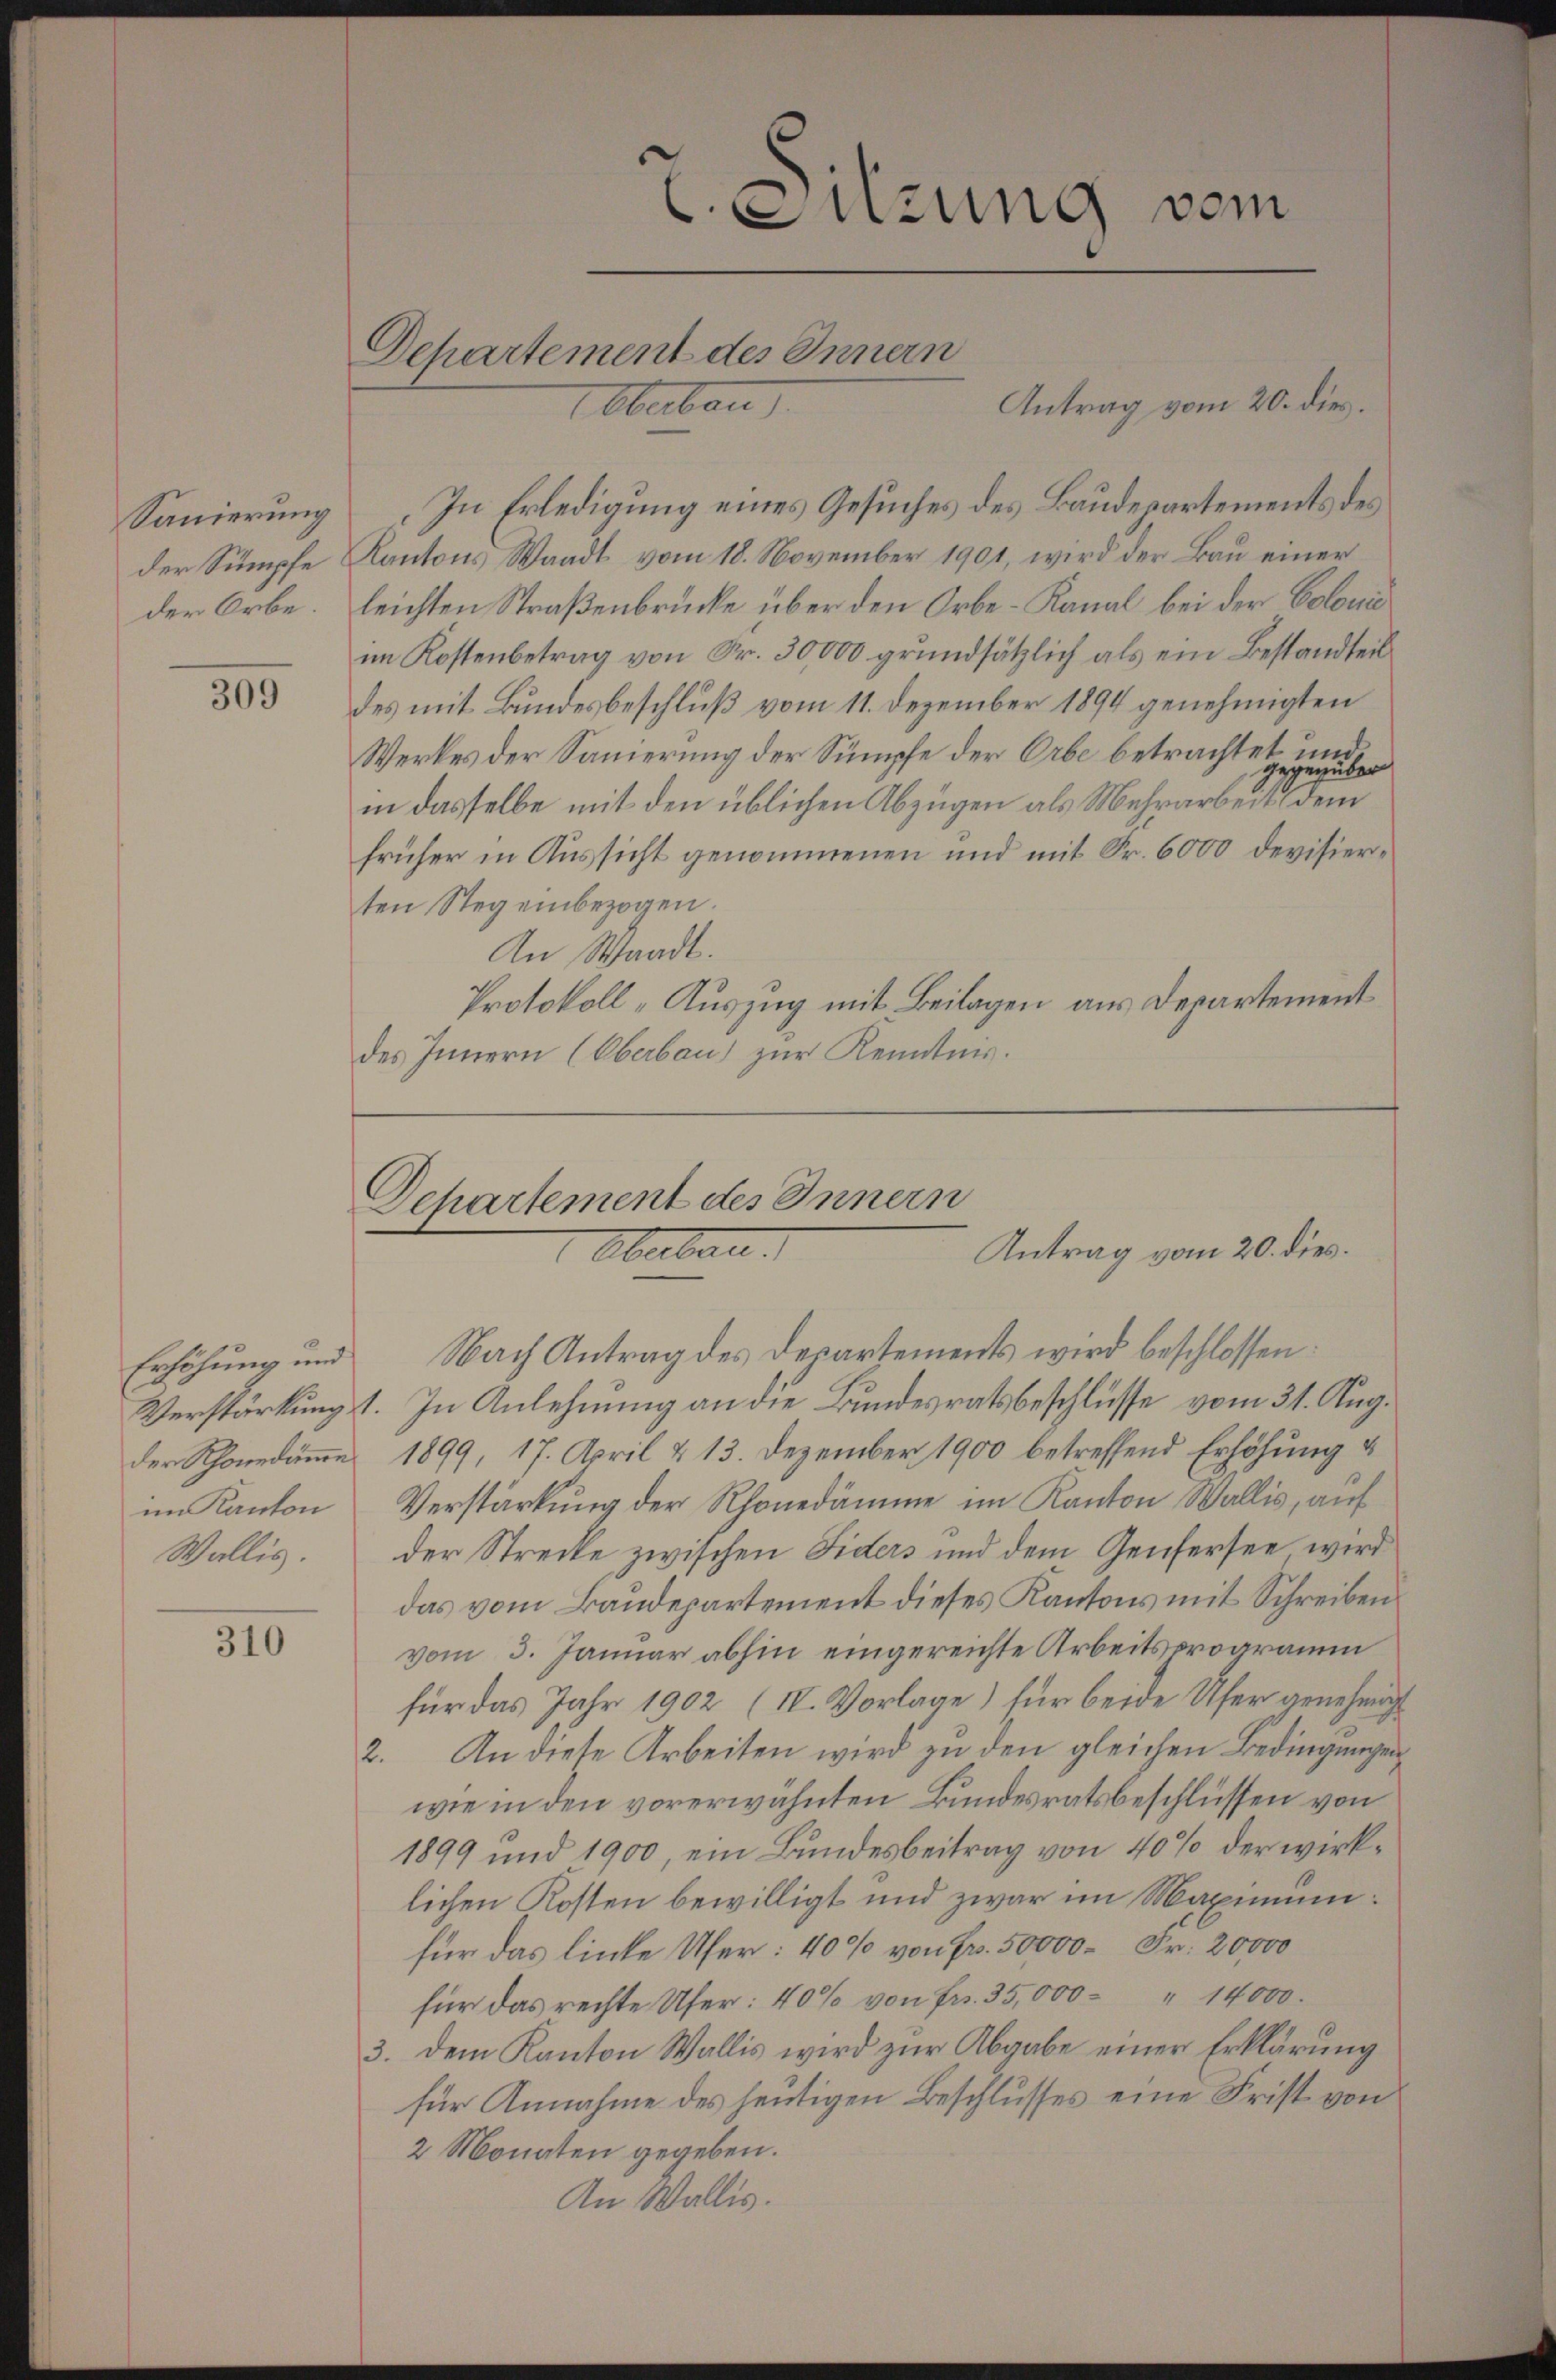
Sanierung

309

Erhöhung und
im Kanton
Wallis.

310

Departement des Innern
Oberbau

In Erledigung eines Gesuches des Baudepartements des
der Sumpfe Kantons Waadt vom 18. November 1901, wird der Bau einer
der Orbe. Leichten Straßenbrücke über den Orbe-Kanal bei der Coloniim Kostenbetrag von Fr. 30,000 grundsätzlich als ein Bestandteil
des mit Bundesbeschluß vom 11. Dezember 1894 genehmigten
Werkes der Sanierung der Sumpfe der Orbe betrachtet und
in dasselbe mit den üblichen Abzügen als Mehrarbeiterer eine
früher in Aussicht genommenen und mit Fr. 6000 devisierten Steg einbezogen.
An Waadt.
Protokoll-Auszug mit Beilagen aus Departement
des Innern (Oberbau zur Kenntnis.

e
Sitzung vom

Antrag vom 20. dies.

Departement des Innern
Oberbara
Antrag vom 20. dies.

Nach Antrag des Departements wird beschlossen:
Verstärkung st. In Anlehnung an die Bundesratsbeschlüsse vom 31. Aug.
der Rhonedämme 1899, 17. April & 13. Dezember 1900 betreffend Erhöhung
Verstärkung der Rhonedämme im Kanton Wallis, auf
der Strecke zwischen Fiders und dem Genfersee wird
das vom Baudepartement dieses Kantons mit Schreiben
vom 3. Januar abhin eingereichte Arbeitsprogramm
für das Jahr 1902 (IV. Vorlage) für beide Ufer genehmigt
2. An diese Arbeiten wird zu den gleichen Bedingungen
wie in den vorerwähnten Bundesratsbeschlüssen von
1899 und 1900, ein Bundesbeitrag von 40% der wirklichen Kosten bewilligt und zwar im Maximumfür das linke Ufer: 40% von Fr. 50,000 Fr. 20,000
für das rechte Ufer: 40% von fr. 35,000 - 14000.
3. dem Kanton Wallis wird zŭr Abgabe einer Erklärung
für Annahme des heutigen Beschlusses eine Frist von
2 Monaten gegeben.
An Wallis.